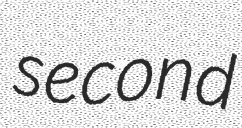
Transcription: second